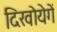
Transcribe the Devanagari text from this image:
दिखोयेगें